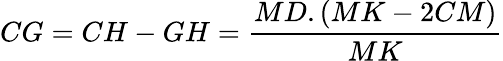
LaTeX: CG=CH-GH={\frac{MD.(MK-2CM)}{MK}}